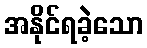
အနိုင်ရခဲ့သော